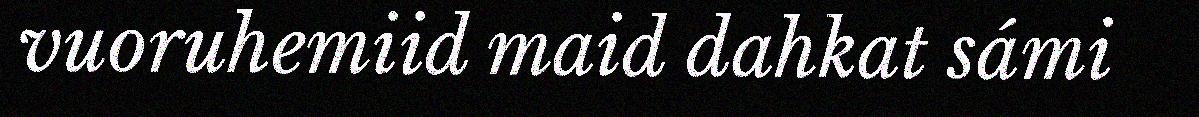
vuoruhemiid maid dahkat sámi